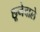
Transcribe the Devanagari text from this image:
छूनेवाले